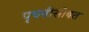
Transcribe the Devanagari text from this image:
पृथवीसोबत